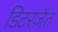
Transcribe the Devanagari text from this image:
डिटरजेंत